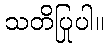
သတိပြုပါ။